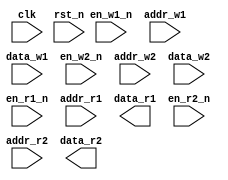
////////////////////////////////////////////////////////////////////////////////
//
//       This confidential and proprietary software may be used only
//     as authorized by a licensing agreement from Synopsys Inc.
//     In the event of publication, the following notice is applicable:
//
//                    (C) COPYRIGHT 2014 - 2023 SYNOPSYS INC.
//                           ALL RIGHTS RESERVED
//
//       The entire notice above must be reproduced on all authorized
//     copies.
//
//
// VERSION:   Verilog Simulation Model
//
// DesignWare_version: f6e71c67
// DesignWare_release: U-2022.12-DWBB_202212.5
//
////////////////////////////////////////////////////////////////////////////////

// Description : Four port synchronous DFF-based RAM 
//
//	Pameter		value range	description
//	=======		===========	===========
//      width           1 to 8192       Data word width
//      addr_width      1 to 12         Address bus width
//	rst_mode	0 to 1		Reset mode (0 => async reset)
//
//	Port		size 	   dir  description
//      ====            ====            ===========
//      clk              1          I   Clock input (rising edge sensitive)
//      rst_n            1          I   Active low reset input (async)
//
//      en_w1_n          1          I   Active low write port 1 write enable
//      addr_w1       addr_width    I   Write address for write port 1
//      data_w1         width       I   Data to be written via write port 1
//
//      en_w2_n          1          I   Active low write port 2 write enable
//      addr_w2       addr_width    I   Write address for write port 2
//      data_w2         width       I   Data to be written via write port 2
//
//      en_r1_n          1          I   Active low read port 1 read enable
//      addr_r1      addr_width     I   Read address for read port 1
//      data_r1        width        O   Data read from port 1
//
//      en_r2_n          1          I   Active low read port 2 read enable
//      addr_r2      addr_width     I   Read address for read port 2
//      data_r2        width        O   Data read from port 2

module DW_ram_2r_2w_s_dff(

	clk,
	rst_n,

	en_w1_n,
	addr_w1,
	data_w1,

	en_w2_n,
	addr_w2,
	data_w2,

	en_r1_n,
	addr_r1,
	data_r1,

	en_r2_n,
	addr_r2,
	data_r2

	);


  parameter integer width = 8;		// RANGE 1 to 8192
  parameter integer addr_width = 3;	// RANGE 1 to 12
  parameter integer rst_mode = 0;	// RANGE 0 to 1

  localparam depth = 1 << addr_width;

input			clk;
input			rst_n;
input			en_w1_n;
input  [addr_width-1:0]	addr_w1;
input  [width-1:0]	data_w1;
input			en_w2_n;
input  [addr_width-1:0]	addr_w2;
input  [width-1:0]	data_w2;

input			en_r1_n;
input  [addr_width-1:0]	addr_r1;
output [width-1:0]	data_r1;
input			en_r2_n;
input  [addr_width-1:0]	addr_r2;
output [width-1:0]	data_r2;

// synopsys translate_off

reg  [depth*width-1:0]	mem_array;
reg  [depth*width-1:0]	mem_array_next;

reg  [width-1:0]	data_r1_int;
reg  [width-1:0]	data_r2_int;


  
 
  initial begin : parameter_check
    integer param_err_flg;

    param_err_flg = 0;
    
	    
  
    if ( (width < 1) || (width > 8192) ) begin
      param_err_flg = 1;
      $display(
	"ERROR: %m :\n  Invalid value (%d) for parameter width (legal range: 1 to 8192)",
	width );
    end
  
    if ( (addr_width < 1) || (addr_width > 12 ) ) begin
      param_err_flg = 1;
      $display(
	"ERROR: %m :\n  Invalid value (%d) for parameter addr_width (legal range: 1 to 12 )",
	addr_width );
    end
  
    if ( (rst_mode < 0) || (rst_mode > 1 ) ) begin
      param_err_flg = 1;
      $display(
	"ERROR: %m :\n  Invalid value (%d) for parameter rst_mode (legal range: 0 to 1 )",
	rst_mode );
    end

  
    if ( param_err_flg == 1) begin
      $display(
        "%m :\n  Simulation aborted due to invalid parameter value(s)");
      $finish;
    end

  end // parameter_check 



  always @ (mem_array, en_r1_n, addr_r1) begin : data_r1_PROC
    integer i;

    if (en_r1_n === 1'b1) begin
      data_r1_int = {width{1'b0}};
    end else begin
      if ((^(en_r1_n ^ en_r1_n) !== 1'b0) || (^(addr_r1 ^ addr_r1) !== 1'b0)) begin
        data_r1_int = {width{1'bx}};
      end else begin
        for (i=0 ; i < width ; i=i+1) begin
	  data_r1_int[i] = mem_array[(addr_r1*width)+i];
	end
      end
    end
  end

  always @ (mem_array, en_r2_n, addr_r2) begin : data_r2_PROC
    integer i;

    if (en_r2_n === 1'b1) begin
      data_r2_int = {width{1'b0}};
    end else begin
      if ((^(en_r2_n ^ en_r2_n) !== 1'b0) || (^(addr_r2 ^ addr_r2) !== 1'b0)) begin
        data_r2_int = {width{1'bx}};
      end else begin
        for (i=0 ; i < width ; i=i+1) begin
	  data_r2_int[i] = mem_array[(addr_r2*width)+i];
	end
      end
    end
  end

  always @ (mem_array, en_w1_n, addr_w1, data_w1, en_w2_n, addr_w2, data_w2)
						      begin : mem_array_next_PROC
    integer i, j;

    mem_array_next = mem_array;

    if (en_w2_n !== 1'b1) begin

      if ((^(addr_w2 ^ addr_w2) !== 1'b0)) begin
        mem_array_next = {depth*width{1'bx}};

      end else begin

	for (i=0 ; i < width ; i=i+1) begin
	  if (en_w2_n === 1'b0) begin
	    mem_array_next[(width*addr_w2)+i] = (data_w2[i] | (data_w2[i] ^ data_w2[i]));

	  end else begin
	    if (mem_array[(width*addr_w2)+1] !== (data_w2[i] | (data_w2[i] ^ data_w2[i]))) begin
	      mem_array_next[(width*addr_w2)+1] = 1'bx;
	    end
	  end
	end
      end
    end


    if (en_w1_n !== 1'b1) begin

      if ((^(addr_w1 ^ addr_w1) !== 1'b0)) begin
        mem_array_next = {depth*width{1'bx}};

      end else begin

	for (i=0 ; i < width ; i=i+1) begin
	  if (en_w1_n === 1'b0) begin
	    mem_array_next[(width*addr_w1)+i] = (data_w1[i] | (data_w1[i] ^ data_w1[i]));

	  end else begin
	    if (mem_array[(width*addr_w1)+1] !== (data_w1[i] | (data_w1[i] ^ data_w1[i]))) begin
	      mem_array_next[(width*addr_w1)+1] = 1'bx;
	    end
	  end
	end
      end
    end

  end

generate
  if (rst_mode == 0) begin : GEN_RM_EQ0
    always @ (posedge clk or negedge rst_n) begin : REGISTER_A_PROC
      if (rst_n == 1'b0) begin
	mem_array <= {depth*width{1'b0}};
      end else begin
	mem_array <= mem_array_next;
      end
    end
  end else begin : GEN_RM_NE0
    always @ (posedge clk) begin : REGISTER_S_PROC
      if (rst_n == 1'b0) begin
	mem_array <= {depth*width{1'b0}};
      end else begin
	mem_array <= mem_array_next;
      end
    end
  end
endgenerate

  assign data_r1 = data_r1_int;
  assign data_r2 = data_r2_int;

  
`ifndef DW_DISABLE_CLK_MONITOR
`ifndef DW_SUPPRESS_WARN
  always @ (clk) begin : clk_monitor_PROC 
    if ( (clk !== 1'b0) && (clk !== 1'b1) && ($time > 0) )
      $display ("WARNING: %m:\n at time = %0t: Detected unknown value, %b, on clk input.", $time, clk);
    end // clk_monitor_PROC 
`endif
`endif

// synopsys translate_on
endmodule